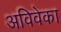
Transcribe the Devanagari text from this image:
अविवेका